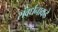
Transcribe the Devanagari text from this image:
संवर्धनाकडे